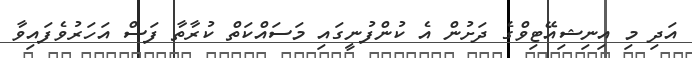
އަދި މި އިނިޝިއޭޓިވްގެ ދަށުން އެ ކުންފުނީގައި މަސައްކަތް ކުރާތާ ފަސް އަހަރުވެފައިވާ